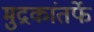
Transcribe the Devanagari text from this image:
मुद्रकांतर्फे